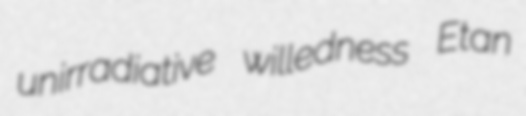
unirradiative willedness Etan